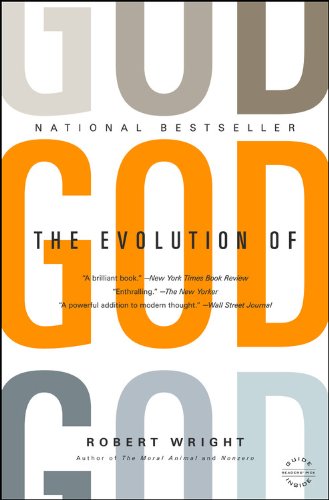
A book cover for The Evolution of God (Back Bay Readers' Pick); Robert Wright; Politics & Social Sciences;